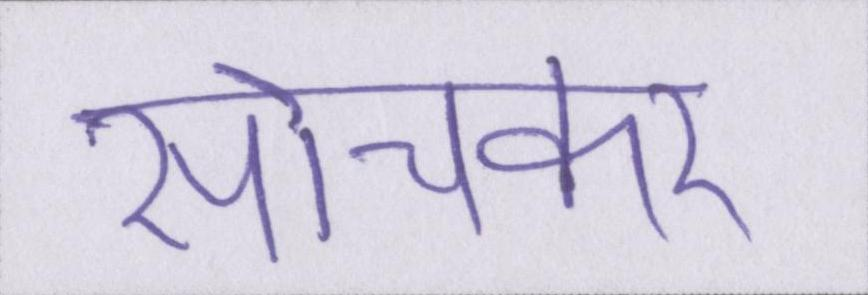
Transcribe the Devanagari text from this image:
सोचकर